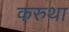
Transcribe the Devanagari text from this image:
करुथा